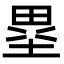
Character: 塁